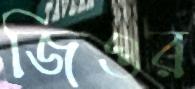
জিওর